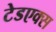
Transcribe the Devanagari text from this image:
टेडएक्स